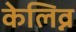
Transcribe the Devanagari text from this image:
केलिव्न